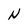
Character: N